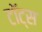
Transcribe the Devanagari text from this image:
टॉट्स